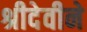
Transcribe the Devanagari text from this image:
श्रीदेवीने